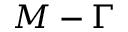
M - \Gamma